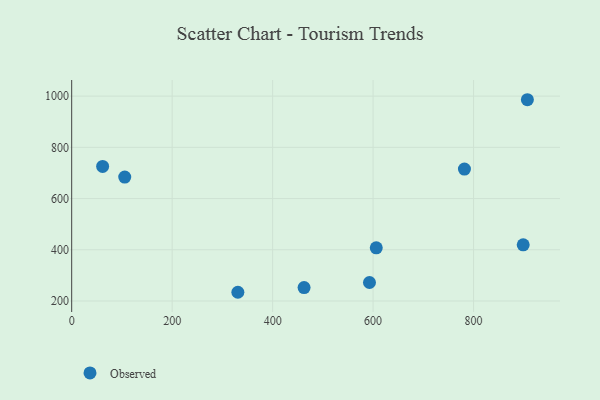
{"axis": {"x": "Price", "y": "Yield"}, "legend": ["Observed"], "data": [{"x": "462.6", "y": 252.3, "type": "Observed"}, {"x": "61.6", "y": 725.5, "type": "Observed"}, {"x": "330.8", "y": 234.0, "type": "Observed"}, {"x": "606.3", "y": 407.7, "type": "Observed"}, {"x": "592.8", "y": 272.1, "type": "Observed"}, {"x": "781.8", "y": 715.0, "type": "Observed"}, {"x": "105.6", "y": 683.9, "type": "Observed"}, {"x": "898.8", "y": 419.4, "type": "Observed"}, {"x": "907.1", "y": 985.9, "type": "Observed"}]}